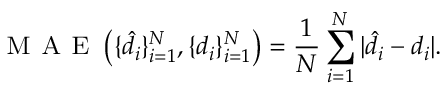
\textsc { M A E } \left( \{ \hat { d } _ { i } \} _ { i = 1 } ^ { N } , \{ d _ { i } \} _ { i = 1 } ^ { N } \right) = \frac { 1 } { N } \sum _ { i = 1 } ^ { N } | \hat { d } _ { i } - d _ { i } | .